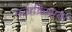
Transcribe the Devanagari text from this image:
तत्प्रक्रियाया